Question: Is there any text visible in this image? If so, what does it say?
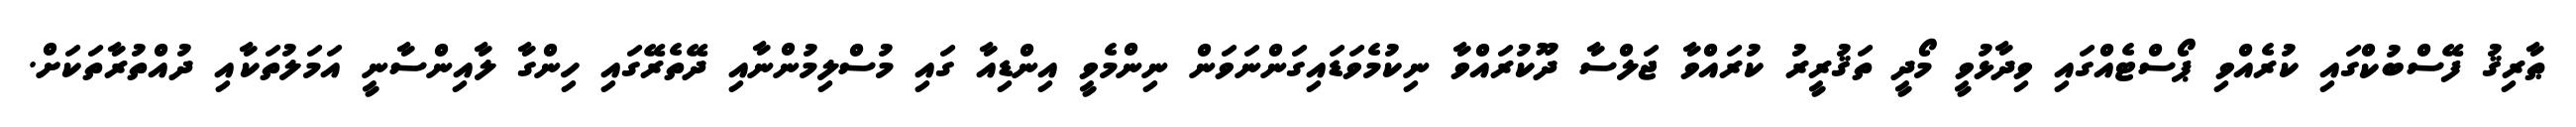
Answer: ޠާރިޤު ފޭސްބުކްގައި ކުރެއްވި ޕޯސްޓެއްގައި ވިދާޅުވީ މޯދީ ތަޤުރީރު ކުރައްވާ ޖަލްސާ ދޫކުރައްވާ ނިކުމެވަޑައިގަންނަވަން ނިންމެވީ އިންޑިއާ ގައި މުސްލިމުންނާއި ދޭތެރޭގައި ހިންގާ ލާއިންސާނީ އަމަލުތަކާއި ދުއްތުރާތަކަށް.